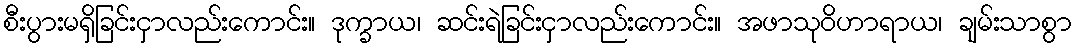
စီးပွားမရှိခြင်းငှာလည်းကောင်း။ ဒုက္ခာယ၊ ဆင်းရဲခြင်းငှာလည်းကောင်း။ အဖာသုဝိဟာရာယ၊ ချမ်းသာစွာ